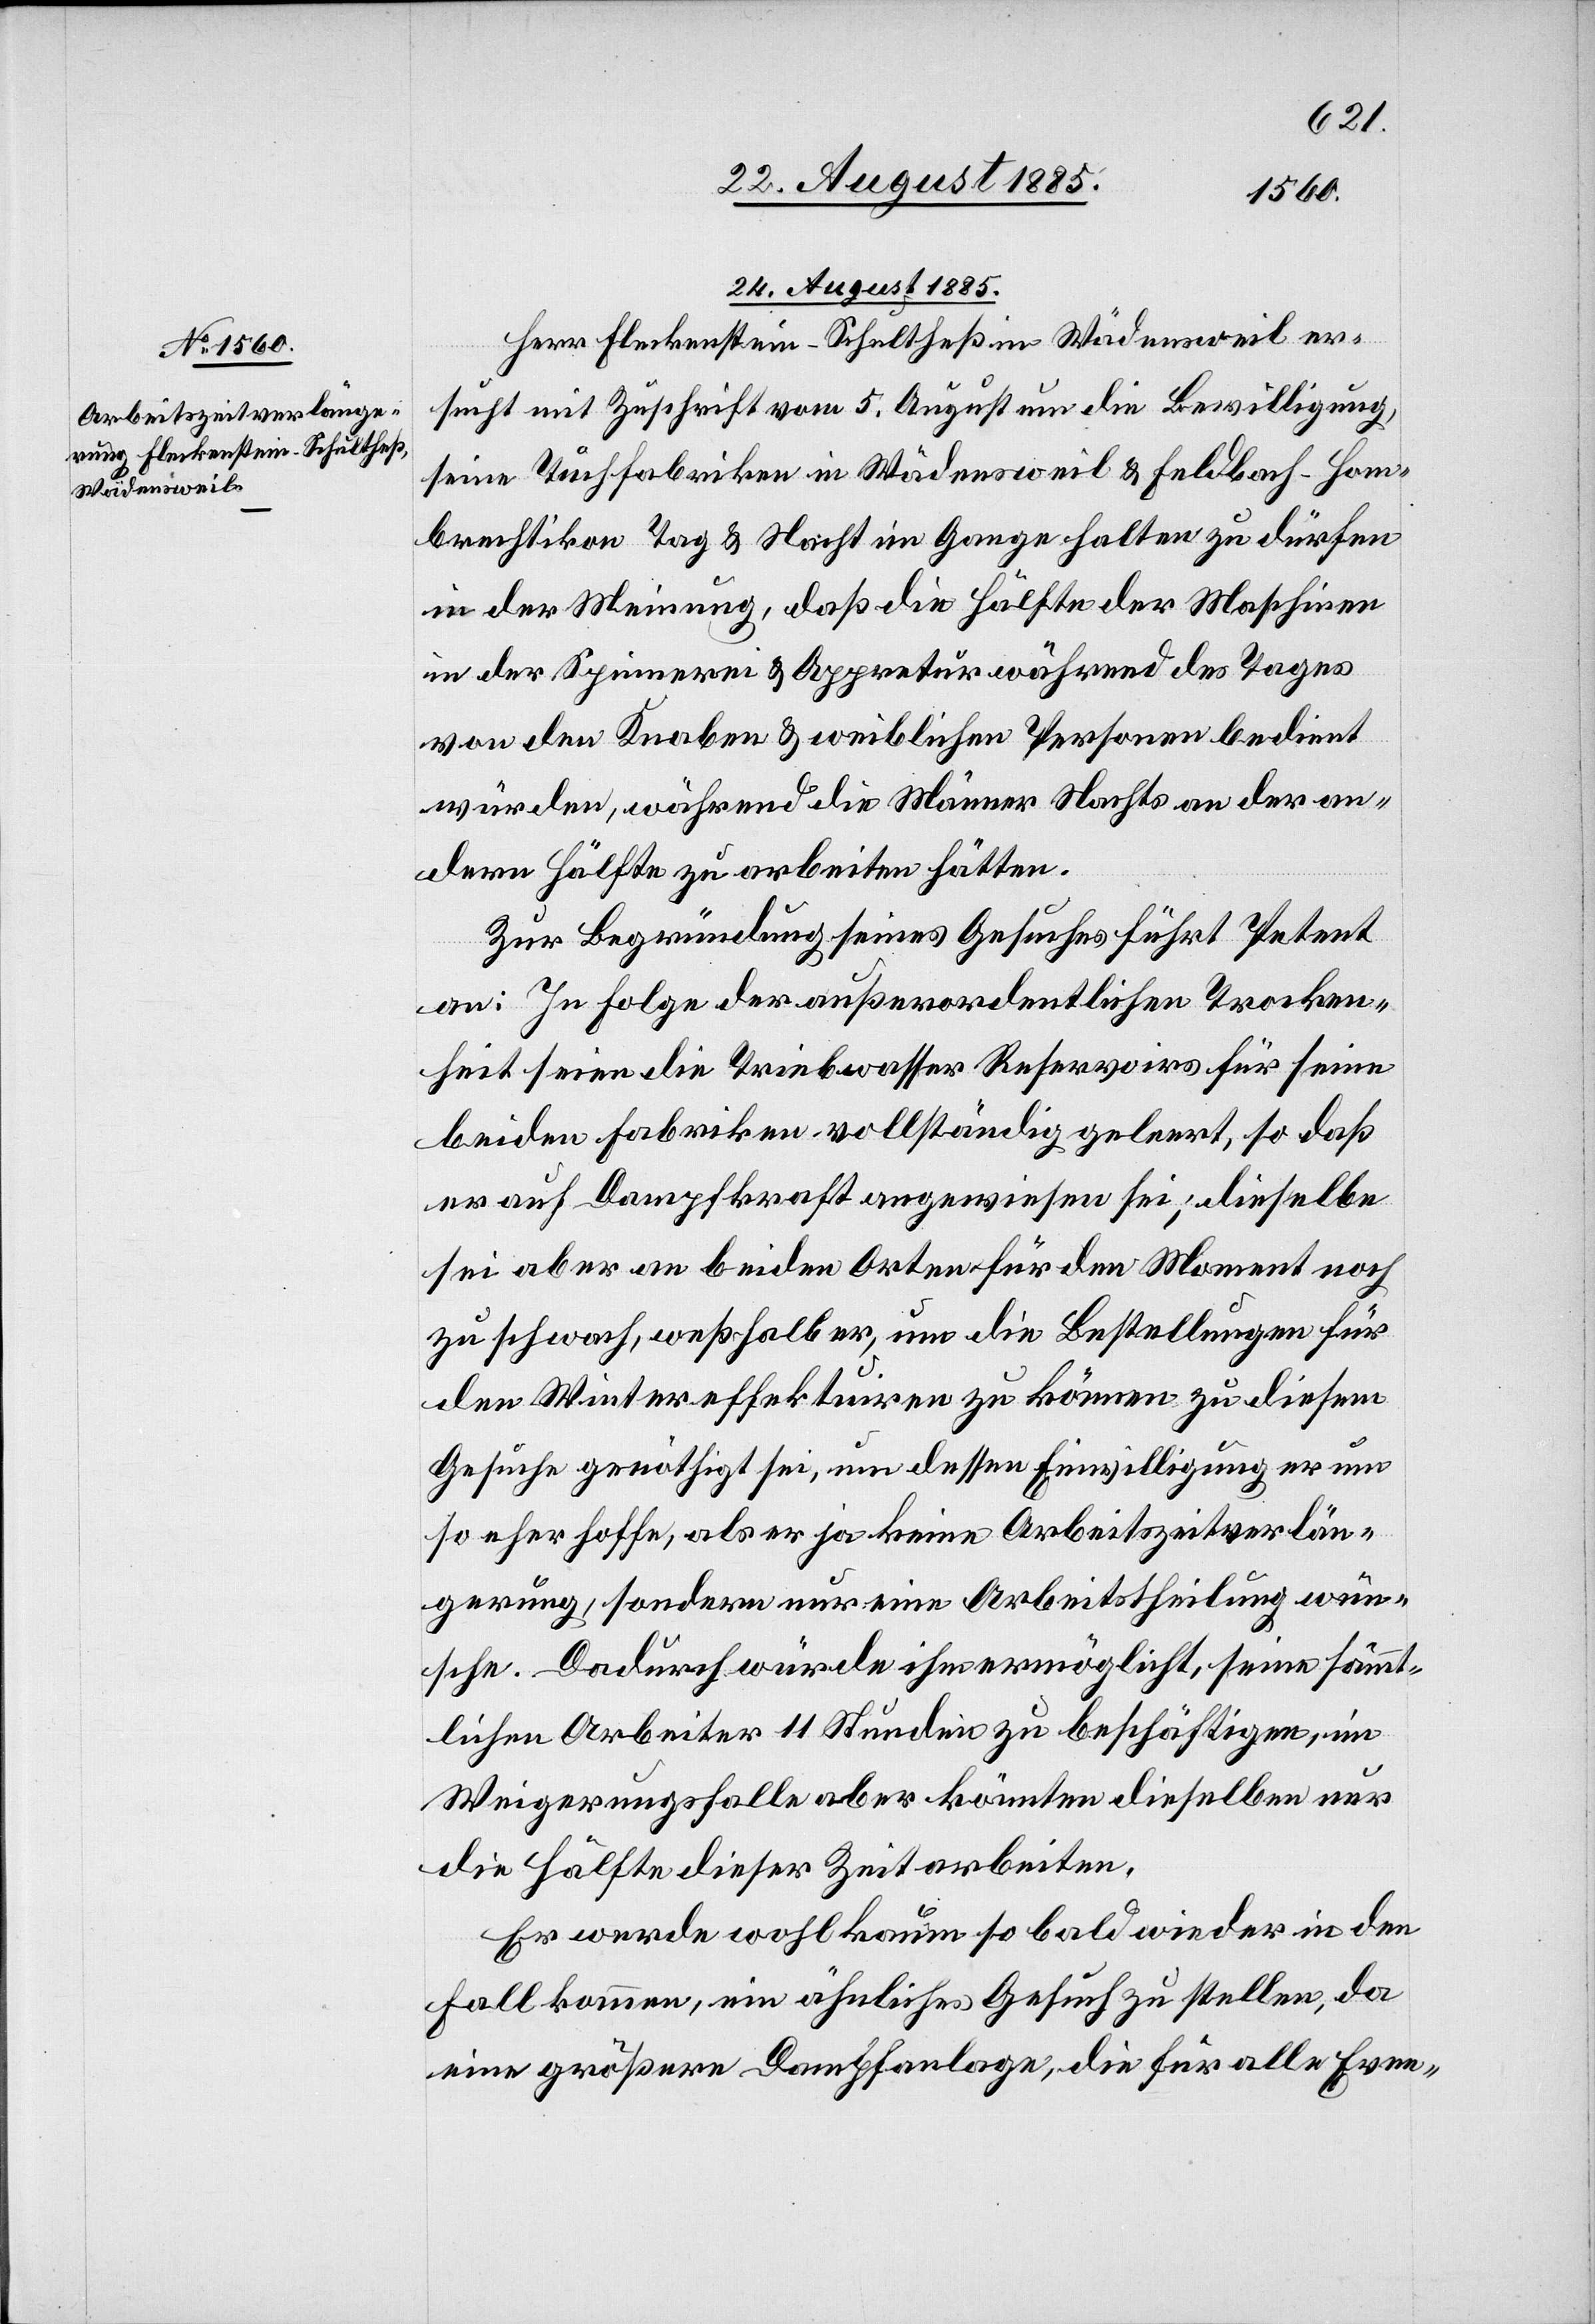
24. August 1885.
Herr Fleckenstein-Schultheß in Wädensweil er¬
sucht mit Zuschrift vom 5. August um die Bewilligung
seine Tuchfabriken in Wädensweil & Feldbach - Hom¬
brechtikon Tag & Nacht im Gange halten zu dürfen
in der Meinung, daß die Hälfte der Maschinen
in der Spinnerei & Appretur während des Tages
von den Knaben & weiblichen Personen bedient
würden, während die Männer Nachts an der an¬
dern Hälfte zu arbeiten hätten.
Zur Begründung seines Gesuches führt Petent
an: In Folge der außerordentlichen Trocken¬
heit seien die Triebwasser Reservoirs für seine
beiden Fabriken vollständig geleert, so daß
er auf Dampfkraft angewiesen sei; dieselbe
sei aber an beiden Orten für den Moment noch
zu schwach, weßhalb er, um die Bestellungen für
den Winter effektuiren zu können zu diesem
Gesuche genöthigt sei, um dessen Einwilligung er um
so eher hoffe, als er ja keine Arbeitszeitverlän¬
gerung, sondern nur eine Arbeittheilung wün¬
sche. Dadurch würde ihm ermöglicht, seine sämmt¬
lichen Arbeiter 11 Stunden zu beschäftigen, im
Weigerungsfalle aber könnten dieselben nur
die Hälfte dieser Zeit arbeiten.
Er werde wohl kaum so bald wieder in den
Fall kommen, ein ähnliches Gesuch zu stellen, da
eine größere Dampfanlage, die für alle Even-